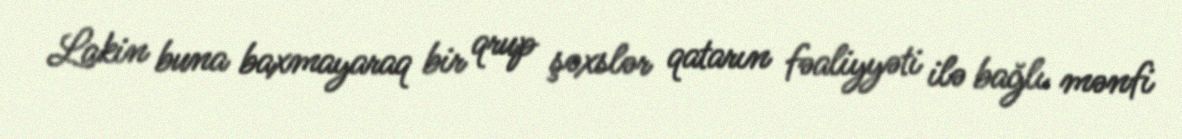
Lakin buna baxmayaraq bir qrup şəxslər qatarın fəaliyyəti ilə bağlı mənfi